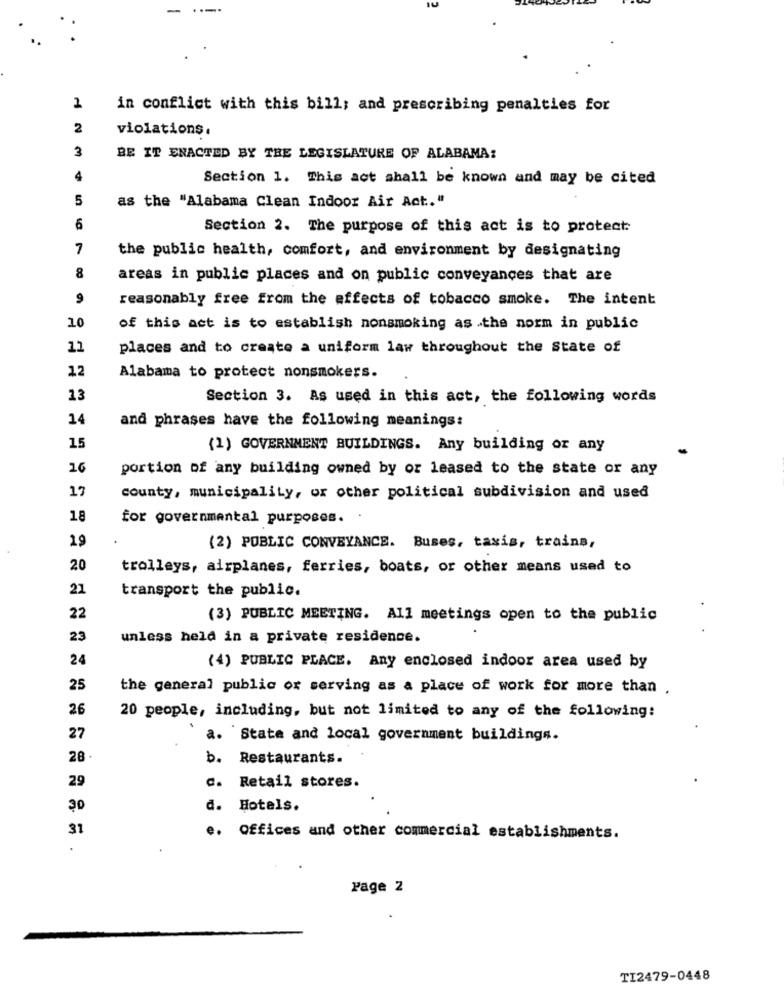
.-..
2
in conflict with this bill; and prescribing penalties for
2
violations.
3
BE IT ENACTED BY THE LEGISLATURE OF ALABAMA:
4
Section 1. This act shall be known and may be cited
5
as the "Alabama Clean Indoor Air Act .. "
6
Section 2. The purpose of this act is to protect
7
the public health, comfort, and environment by designating
8
areas in public places and on public conveyances that are
9
reasonably free from the effects of tobacco smoke. The intent
10
of this act is to establish nonsmoking as .the norm in public
11
places and to create a uniform law throughout the State of
12
Alabama to protect nonsmokers.
13
Section 3. As used in this act, the following words
14
and phrases have the following meanings:
15
(1) GOVERNMENT BUILDINGS. Any building or any
16
portion of any building owned by or leased to the state or any
17
county, municipality, or other political subdivision and used
18
for governmental purposes.
19
(2) PUBLIC CONVEYANCE. Buses, taxis, trains,
20
trolleys, airplanes, ferries, boats, or other means used to
21
transport the public.
22
(3) PUBLIC MEETING. All meetings open to the public
23
unless held in a private residence.
24
(4) PUBLIC PLACE. Any enclosed indoor area used by
25
the general public or serving as a place of work for more than .
26
20 people, including, but not limited to any of the following:
27
a. State and local government buildings.
28 .
b. Restaurants.
29
c. Retail stores.
30
d. Hotels.
31
e. Offices and other commercial establishments.
Page 2
TI2479-0448